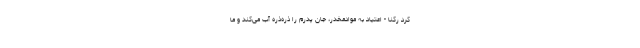
کرد رکنا - اعتیاد به موادمخدر، جان پدرم را ذره‌ذره آب می‌کند و ما